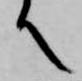
て